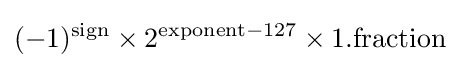
(-1)^{\text{sign}}\times 2^{{\text{exponent}}-127}\times 1.{\text{fraction}}